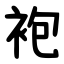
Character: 袍